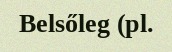
Belsőleg (pl.